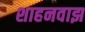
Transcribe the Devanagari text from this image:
शाहनवाझ